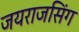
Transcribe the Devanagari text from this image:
जयराजसिंग